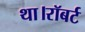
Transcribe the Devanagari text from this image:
था।रॉबर्ट